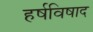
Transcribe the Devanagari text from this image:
हर्षविषाद